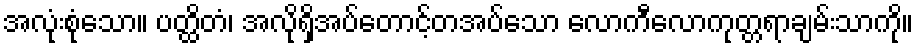
အလုံးစုံသော။ ပတ္ထိတံ၊ အလိုရှိအပ်တောင့်တအပ်သော လောကီလောကုတ္တရာချမ်းသာကို။